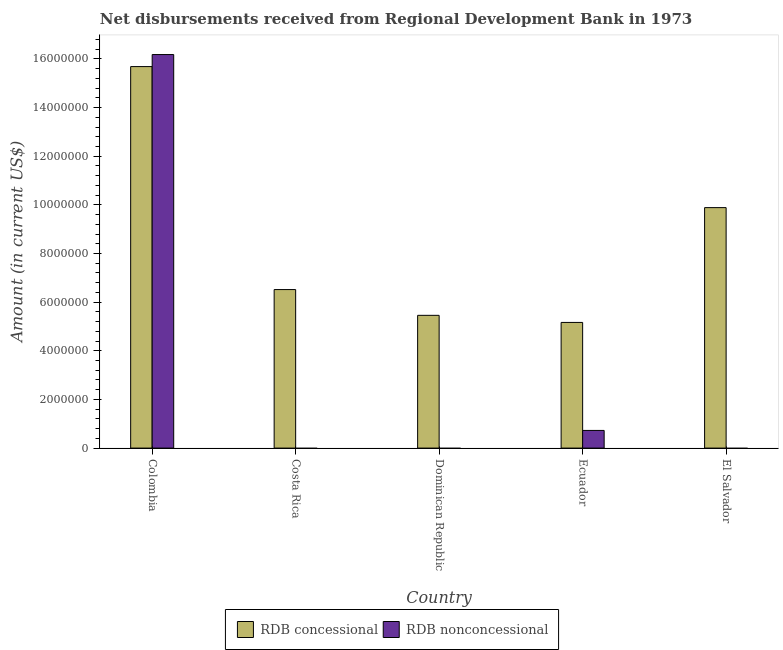
| Country | RDB concessional | RDB nonconcessional |
 | --- | --- | --- |
 | Colombia | 1.57e+07 | 1.62e+07 |
 | Costa Rica | 6.52e+06 | -8.44e+05 |
 | Dominican Republic | 5.46e+06 | -1.01e+06 |
 | Ecuador | 5.17e+06 | 7.26e+05 |
 | El Salvador | 9.89e+06 | -8.43e+05 |